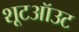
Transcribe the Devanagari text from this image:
शूटऑउट